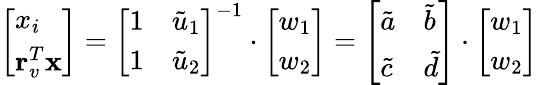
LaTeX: \left[\begin{array}{l}{x_{i}}\\ {\mathbf{r}_{v}^{T}\mathbf{x}}\end{array}\right]=\left[\begin{array}{ll}{1}&{\tilde{u}_{1}}\\ {1}&{\tilde{u}_{2}}\end{array}\right]^{-1}\cdot\left[\begin{array}{l}{w_{1}}\\ {w_{2}}\end{array}\right]=\left[\begin{array}{ll}{\tilde{a}}&{\tilde{b}}\\ {\tilde{c}}&{\tilde{d}}\end{array}\right]\cdot\left[\begin{array}{l}{w_{1}}\\ {w_{2}}\end{array}\right]